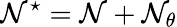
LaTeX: \mathcal{N}^{\star}=\mathcal{N}+\mathcal{N}_{\theta}